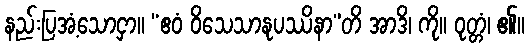
နည်းပြအံ့သောငှာ။ “ဧဝံ ဝိသေသာနုပဿိနာ”တိ အာဒိ၊ ကို။ ဝုတ္တံ၊ ၏။